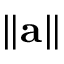
\left\| \mathbf { a } \right\|